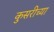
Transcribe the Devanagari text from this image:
कुसरीच्या